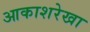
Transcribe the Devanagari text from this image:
आकाशरेखा